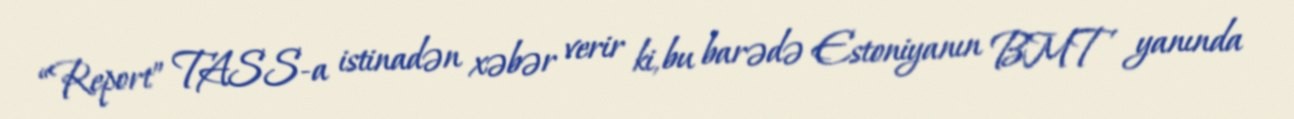
“Report” TASS-a istinadən xəbər verir ki, bu barədə Estoniyanın BMT yanında